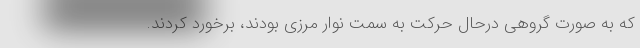
که به صورت گروهی درحال حرکت به سمت نوار مرزی بودند، برخورد کردند.